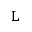
\texttt { L }